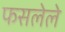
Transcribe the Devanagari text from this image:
फसलेले